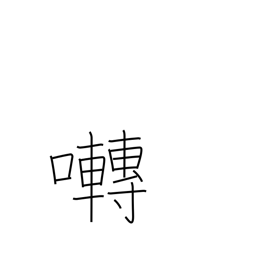
Meaning: chirp